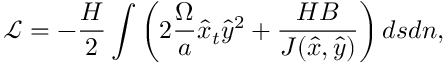
\mathcal { L } = - \frac { H } { 2 } \int \left( 2 \frac { \Omega } { a } \hat { x } _ { t } \hat { y } ^ { 2 } + \frac { H B } { J ( \hat { x } , \hat { y } ) } \right) d s d n ,